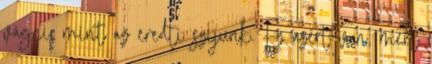
vágni, mint az eredti szíjunk. Ez azért van, mert